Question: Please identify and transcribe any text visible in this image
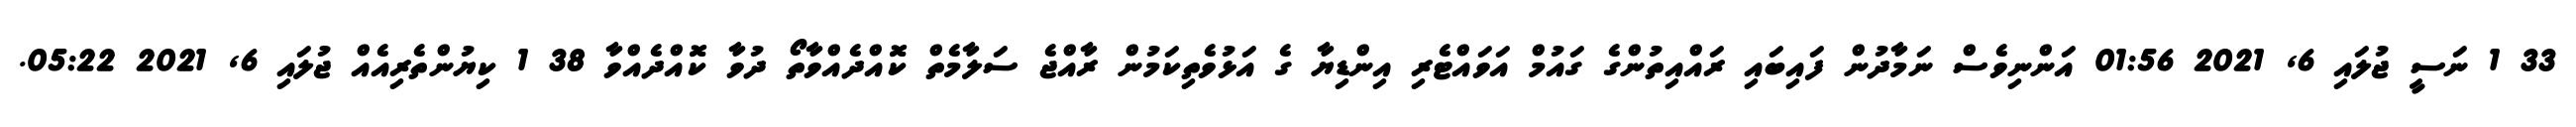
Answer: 33 1 ނަސީ ޖުލައި 6, 2021 01:56 އަންނިވެސް ނަމާދުން ފައިބައި ރައްއިތުންގެ ގައުމް އަވައްޓެރި އިންޑިޔާ ގެ އަޅުވެތިކަމުން ރާއްޖެ ސަލާމެތް ކޮއްދެއްވާތޯ ދުވާ ކޮއްދެއްވާ 38 1 ކިޔުންތެރިއެއް ޖުލައި 6, 2021 05:22.